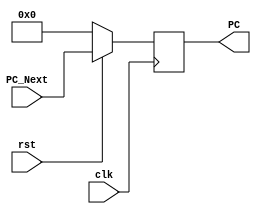
module PC_Module(clk,rst,PC,PC_Next);
    input clk,rst;
    input [31:0]PC_Next;
    output [31:0]PC;
    reg [31:0]PC;

    always @(posedge clk)
    begin
        if(~rst)
            PC <= {32{1'b0}};
        else
            PC <= PC_Next;
    end
endmodule

module Instruction_Memory(rst,A,RD);

  input rst;
  input [31:0]A;
  output [31:0]RD;

  reg [31:0] mem [1023:0];
  
  assign RD = (~rst) ? {32{1'b0}} : mem[A[31:2]];

  initial begin
    $readmemh("memfile.hex",mem);
  end


endmodule

module Register_File(clk,rst,WE3,WD3,A1,A2,A3,RD1,RD2);

    input clk,rst,WE3;
    input [4:0]A1,A2,A3;
    input [31:0]WD3;
    output [31:0]RD1,RD2;

    reg [31:0] Register [31:0];

    always @ (posedge clk)
    begin
        if(WE3)
            Register[A3] <= WD3;
    end

    assign RD1 = (~rst) ? 32'd0 : Register[A1];
    assign RD2 = (~rst) ? 32'd0 : Register[A2];

    initial begin
        Register[0] = 32'h00000000;         
        Register[2] = 32'h00000014;
    end

endmodule

module Sign_Extend (In,Imm_Ext,ImmSrc);

    input [31:0]In;
    input [1:0] ImmSrc;
    output [31:0]Imm_Ext;

    assign Imm_Ext = (ImmSrc == 2'b00) ? ({{20{In[31]}}, In[31:20]}):
                     (ImmSrc == 2'b01) ? ({{20{In[31]}}, In[31:25], In[11:7]} ):
                     (ImmSrc == 2'b10) ? ({{20{In[31]}}, In[7], In[30:25], In[11:8], 1'b0}):
                                         {{12{In[31]}}, In[19:12], In[20], In[30:21], 1'b0};
                                
endmodule

module ALU(A,B,Result,ALUControl,OverFlow,Carry,Zero,Negative);

    input [31:0]A,B;
    input [2:0]ALUControl;
    output Carry,OverFlow,Zero,Negative;
    output [31:0]Result;

    wire Cout;
    wire [31:0]Sum;

    assign {Cout,Sum} = (ALUControl[0] == 1'b0) ? A + B :
                                          (A + ((~B)+1)) ;
    assign Result = (ALUControl == 3'b000) ? Sum :
                    (ALUControl == 3'b001) ? Sum :
                    (ALUControl == 3'b010) ? A & B :
                    (ALUControl == 3'b011) ? A | B :
                    (ALUControl == 3'b101) ? {{31{1'b0}},(Sum[31])} : {32{1'b0}};
    
    assign OverFlow = ((Sum[31] ^ A[31]) & 
                      (~(ALUControl[0] ^ B[31] ^ A[31])) &
                      (~ALUControl[1]));
    assign Carry = ((~ALUControl[1]) & Cout);
    assign Zero = &(~Result);
    assign Negative = Result[31];

endmodule

module ALU_Decoder(ALUOp,funct3,funct7,op,ALUControl);

    input [1:0]ALUOp;
    input [2:0]funct3;
    input [6:0]funct7,op;
    output [2:0]ALUControl;
    
    assign ALUControl = (ALUOp == 2'b00) ? 3'b000 :
                        (ALUOp == 2'b01) ? 3'b001 :
                        ((ALUOp == 2'b10) & (funct3 == 3'b000) & ({op[5],funct7[5]} == 2'b11)) ? 3'b001 : 
                        ((ALUOp == 2'b10) & (funct3 == 3'b000) & ({op[5],funct7[5]} != 2'b11)) ? 3'b000 : 
                        ((ALUOp == 2'b10) & (funct3 == 3'b010)) ? 3'b101 : 
                        ((ALUOp == 2'b10) & (funct3 == 3'b110)) ? 3'b011 : 
                        ((ALUOp == 2'b10) & (funct3 == 3'b111)) ? 3'b010 : 
                                                                  3'b000 ;
endmodule

module Main_Decoder(Op,RegWrite,ImmSrc,ALUSrc,MemWrite,ResultSrc,Branch,ALUOp,jump);
    input [6:0]Op;
    output RegWrite,ALUSrc,MemWrite,Branch,jump;
    output [1:0]ImmSrc,ResultSrc,ALUOp;

    assign RegWrite = (Op == 7'b0000011 | Op == 7'b0110011 | Op == 7'b0010011 | Op == 7'b1101111 ) ? 1'b1 :
                                                              1'b0 ;
    assign ImmSrc = (Op == 7'b0100011) ? 2'b01 : 
                    (Op == 7'b1100011) ? 2'b10 : 
                    (Op == 7'b1101111) ? 2'b11 :   
                                         2'b00 ;
    assign ALUSrc = (Op == 7'b0110011 | Op == 7'b1100011) ? 1'b0 :
                                                            1'b1 ;
    assign MemWrite = (Op == 7'b0100011) ? 1'b1 :
                                           1'b0 ;
    assign ResultSrc = (Op == 7'b0000011) ? 2'b01 :
                         (Op == 7'b1101111) ? 2'b10 :
                                            2'b00 ;
    assign Branch = (Op == 7'b1100011) ? 1'b1 :
                                         1'b0 ;
    assign ALUOp = (Op == 7'b0110011 | Op == 7'b0010011) ? 2'b10 :
                   (Op == 7'b1100011) ? 2'b01 :
                                        2'b00 ;
    assign jump = (Op == 7'b1101111) ? 1'b1:
                                       1'b0;

endmodule

module Control_Unit_Top(Op,pcSRC,RegWrite,ImmSrc,ALUSrc,MemWrite,ResultSrc,funct3,funct7,zero,ALUControl);

    input [6:0]Op,funct7;
    input [2:0]funct3;
    input zero;
    wire Branch,jump;
    output RegWrite,ALUSrc,MemWrite,pcSRC;
    output [1:0]ImmSrc,ResultSrc;
    output [2:0]ALUControl;

    wire [1:0]ALUOp;

    Main_Decoder Main_Decoder(
                .Op(Op),
                .RegWrite(RegWrite),
                .ImmSrc(ImmSrc),
                .MemWrite(MemWrite),
                .ResultSrc(ResultSrc),
                .Branch(Branch),
                .ALUSrc(ALUSrc),
                .ALUOp(ALUOp),
                .jump(jump)
    );

    assign pcSRC= (Branch & zero) | jump;

    ALU_Decoder ALU_Decoder(
                            .ALUOp(ALUOp),
                            .funct3(funct3),
                            .funct7(funct7),
                            .op(Op),
                            .ALUControl(ALUControl)
    );


endmodule

module Data_Memory(clk,rst,WE,WD,A,RD);

    input clk,rst,WE;
    input [31:0]A,WD;
    output [31:0]RD;

    reg [31:0] mem [1023:0];

    always @ (posedge clk)
    begin
        if(WE)
            mem[A] <= WD;
    end

    assign RD = (~rst) ? 32'd0 : mem[A];

    initial begin
        mem[0] = 32'h00000003; //3
        mem[1] = 32'h00000007; //7
        mem[2] = 32'h00000002; //2
        mem[3] = 32'h00000006; //6
        mem[4] = 32'h00000005; //5
        mem[5] = 32'h00000004; //4
        mem[6] = 32'h00000001; //1
        mem[7] = 32'h000003e8; //1000
        mem[8] = 32'h000003e7; //999
        mem[9] = 32'h00000019; //25
        mem[10] = 32'h0000005a; //90
        mem[11] = 32'h00000064; //100   
        mem[12] = 32'h0000001e; //30
        mem[13] = 32'h00000014; //20
        mem[14] = 32'h0000000A; //10
        mem[15] = 32'h000000c8; //200
        mem[16] = 32'h00000ce4; //3300
        mem[17] = 32'h000000fa; //250
        mem[18] = 32'h0000000c; //12
        mem[19] = 32'h0000004b; //75
        /*---------------------------------------------------------------------------------------------------------------*/
        mem[20] = 32'h00000011; //17
        mem[21] = 32'h0000000d; //13
        mem[22] = 32'h00000012; //18
        mem[23] = 32'h0000000e; //14
        mem[24] = 32'h0000000f; //15
        mem[25] = 32'h00000010; //16
        mem[26] = 32'h00000013; //19
        mem[27] = 32'h00000001; //1
        mem[28] = 32'h00000002; //2
        mem[29] = 32'h00000009; //9
        mem[30] = 32'h00000006; //6
        mem[31] = 32'h00000005; //5
        mem[32] = 32'h00000008; //8
        mem[33] = 32'h0000000a; //10
        mem[34] = 32'h0000000c; //12
        mem[35] = 32'h00000004; //4
        mem[36] = 32'h00000000; //0
        mem[37] = 32'h00000003; //3
        mem[38] = 32'h0000000b; //11
        mem[39] = 32'h00000007; //7
    end


endmodule

module PC_Adder (a,b,c);

    input [31:0]a,b;
    output [31:0]c;

    assign c = a + b;
    
endmodule

module Mux (a,b,s,c);

    input [31:0]a,b;
    input s;
    output [31:0]c;

    assign c = (~s) ? a : b ;
    
endmodule

module Mux4 (a,b,d,f,s,c);

    input [31:0]a,b,d,f;
    input [1:0]s;
    output [31:0]c;
    
    assign c = (s==2'b00) ? a :
               (s==2'b01) ? b:
                (s==2'b10) ? d :
                f;
    
endmodule


module Single_Cycle_Top(clk,rst);

    input clk,rst;

    wire [31:0] PC_Top,RD_Instr,RD1_Top,Imm_Ext_Top,ALUResult,ReadData,PCPlus4,RD2_Top,SrcB,Result,pcTarget,PC_Next;
    wire RegWrite,MemWrite,ALUSrc,pcSRC;
    wire [1:0]ImmSrc , ResultSrc;
    wire [2:0]ALUControl_Top; 

    Mux Mux_pcSRC(
        .a(PCPlus4),
        .b(pcTarget),
        .s(pcSRC),
        .c(PC_Next)
    );

    PC_Module PC(
        .clk(clk),
        .rst(rst),
        .PC(PC_Top),
        .PC_Next(PC_Next)
    );

    PC_Adder PC_Adder(
                    .a(PC_Top),
                    .b(32'd4),
                    .c(PCPlus4)
    );

    PC_Adder adder_pcTarget(
        .a(PC_Top),
        .b(Imm_Ext_Top),
        .c(pcTarget)
    );
    
    Instruction_Memory Instruction_Memory(
                            .rst(rst),
                            .A(PC_Top),
                            .RD(RD_Instr)
    );

    Register_File Register_File(
                            .clk(clk),
                            .rst(rst),
                            .WE3(RegWrite),
                            .WD3(Result),
                            .A1(RD_Instr[19:15]),
                            .A2(RD_Instr[24:20]),
                            .A3(RD_Instr[11:7]),
                            .RD1(RD1_Top),
                            .RD2(RD2_Top)
    );

    Sign_Extend Sign_Extend(
                        .In(RD_Instr),
                        .ImmSrc(ImmSrc),
                        .Imm_Ext(Imm_Ext_Top)
    );

    Mux Mux_Register_to_ALU(
                            .a(RD2_Top),
                            .b(Imm_Ext_Top),
                            .s(ALUSrc),
                            .c(SrcB)
    );

    ALU ALU(
            .A(RD1_Top),
            .B(SrcB),
            .Result(ALUResult),
            .ALUControl(ALUControl_Top),
            .OverFlow(),
            .Carry(),
            .Zero(zero),
            .Negative()
    );

    Control_Unit_Top Control_Unit_Top(
                            .Op(RD_Instr[6:0]),
                            .RegWrite(RegWrite),
                            .ImmSrc(ImmSrc),
                            .ALUSrc(ALUSrc),
                            .MemWrite(MemWrite),
                            .pcSRC(pcSRC),
                            .ResultSrc(ResultSrc),
                            .zero(zero),
                            .funct3(RD_Instr[14:12]),
                            .funct7(RD_Instr[31:25]),
                            .ALUControl(ALUControl_Top)
    );

    Data_Memory Data_Memory(
                        .clk(clk),
                        .rst(rst),
                        .WE(MemWrite),
                        .WD(RD2_Top),
                        .A(ALUResult),
                        .RD(ReadData)
    );

    Mux4 Mux_DataMemory_to_Register(
                            .a(ALUResult),
                            .b(ReadData),
                            .d(PCPlus4),
                            .f(),
                            .s(ResultSrc),
                            .c(Result)
    );

endmodule

//iverilog -o single_cycle_top_tb.vvp single_cycle_top_tb.v
//vvp single_cycle_top_tb.vvp
//gtkwave single_cycle_top_tb.vcd